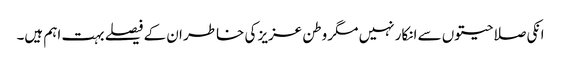
انکی صلاحیتوں سے انکار نہیں مگر وطن عزیز کی خاطر ان کے فیصلے بہت اہم ہیں۔